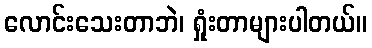
လောင်းသေးတာဘဲ၊ ရှုံးတာများပါတယ်။